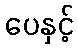
ပေနှင့်